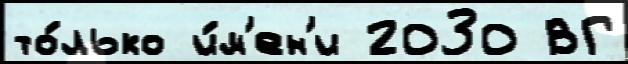
то́лько и́м'ен'и 2030 ВГ